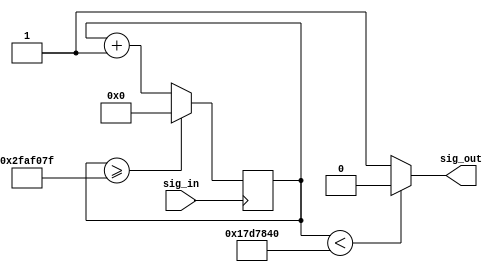
module Divider
# (parameter DIVISOR = 28'd50000000)
(
	input sig_in,
	output sig_out
);
	reg[27:0] counter=28'd0;
	
	always @ (posedge sig_in) begin
		counter <= counter + 28'd1;
		if(counter>=(DIVISOR-1))
			counter <= 28'd0;
	end

	assign sig_out = (counter<DIVISOR/2) ? 1'b0 : 1'b1;
endmodule